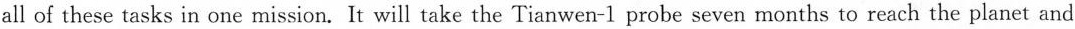
land